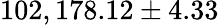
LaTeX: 102,178.12\pm 4.33